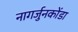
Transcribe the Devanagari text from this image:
नागर्जुनकोंडा